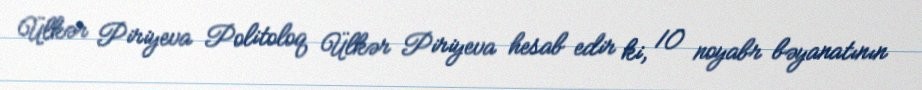
Ülkər Piriyeva Politoloq Ülkər Piriyeva hesab edir ki, 10 noyabr bəyanatının